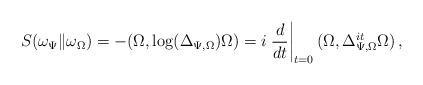
LaTeX: \begin{align*} S(\omega_\Psi \| \omega_\Omega) = - (\Omega,\log(\Delta_{\Psi,\Omega}) \Omega) = i \left. \frac{d}{dt} \right|_{t = 0} (\Omega,\Delta^{it}_{\Psi,\Omega} \Omega)\,,\end{align*}